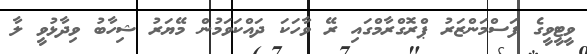
ވީޓީވީގެ ފަސްމަންޒަރު ޕްރޮގްރާމްގައި ރޭ ވާހަކަ ދައްކަވަމުން މޭޔަރު ޝިހާބު ވިދާޅުވީ ލާ